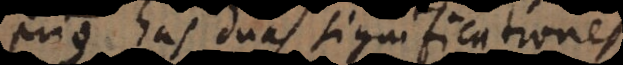
prius has duas significationes